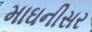
માઘનીસર